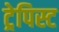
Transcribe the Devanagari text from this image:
ट्रेपिस्ट